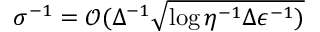
\sigma ^ { - 1 } = \mathcal { O } ( \Delta ^ { - 1 } \sqrt { \log { \eta ^ { - 1 } \Delta \epsilon ^ { - 1 } ) } }